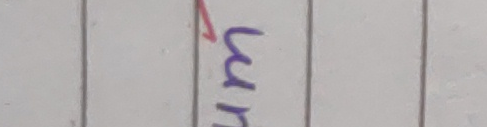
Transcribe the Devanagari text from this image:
उन्नत